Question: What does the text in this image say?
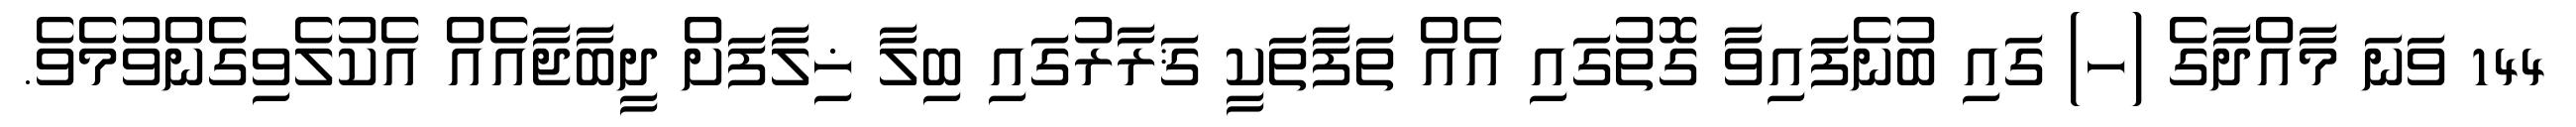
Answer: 144 ވަނަ މާއްދާގެ (ހ) ގައި ބުނެފައިވާ ގޮތުގައި އެއް ތަފާތަކީ ޤަރާރުގައި ބިލާ ޚިލާފަށް ދީބާޖާއެއް އެކުލެވިގެންވުމެވެ.